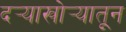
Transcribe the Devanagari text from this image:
दर्‍याखोर्‍यातून